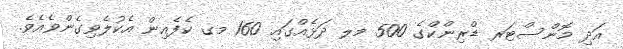
އަދި މޮންސްޓަރ ޑްރިންކްގެ 500 މލ ދަޅެއްގައި 160 މގ ކެފެއިން އެކުލެވިގެންވެއެވެ.